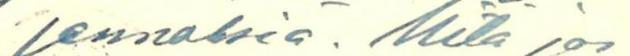
jennöksiä. Mitä jos